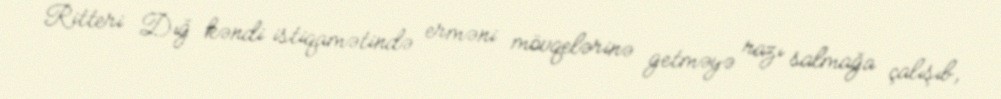
Ritteri Dığ kəndi istiqamətində erməni mövqelərinə getməyə razı salmağa çalışıb,